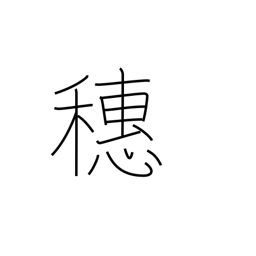
Meaning: crest (of wave)